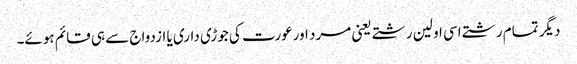
دیگر تمام رشتے اسی اولین رشتے یعنی مرد اورعورت کی جوڑی داری یا ازدواج سے ہی قائم ہوئے۔